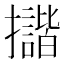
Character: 𢹆